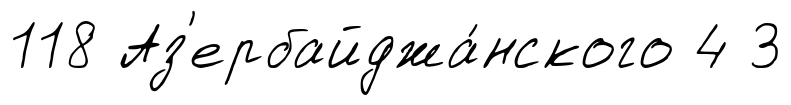
118 Аз'ербайджа́нского 4 3